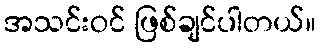
အသင်းဝင် ဖြစ်ချင်ပါတယ်။